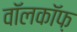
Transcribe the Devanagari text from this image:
वॉलकॉफ़